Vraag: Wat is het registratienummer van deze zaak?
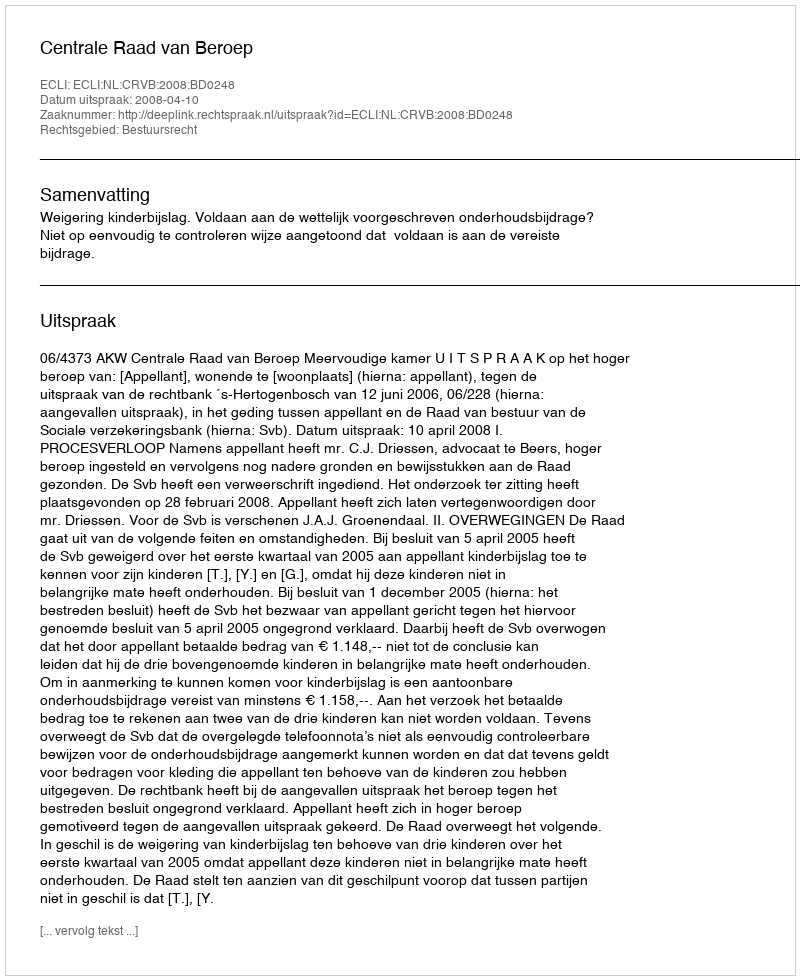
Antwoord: http://deeplink.rechtspraak.nl/uitspraak?id=ECLI:NL:CRVB:2008:BD0248